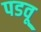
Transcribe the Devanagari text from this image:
पडवू